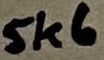
Text: 5K6